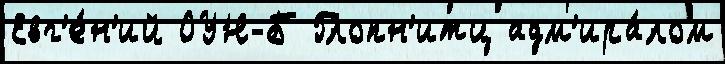
Евг'е́н'ий ОУН-Б Глопн'итц адм'ира́лом